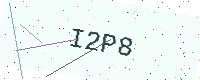
Text: I2P8